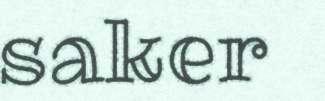
saker